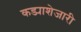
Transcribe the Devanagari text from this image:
कड्याशेजारी